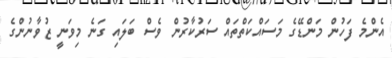
އެންމެ ފަހުން މަންޑޭގެ މަސައްކަތްތައް ސަރުކާރުން ވެސް ބަލައި ގަނެ މިވަނީ ޒުވާނުންގެ